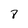
Character: 8